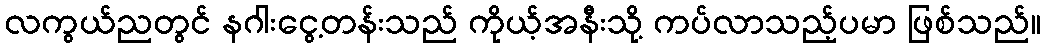
လကွယ်ညတွင် နဂါးငွေ့တန်းသည် ကိုယ့်အနီးသို့ ကပ်လာသည့်ပမာ ဖြစ်သည်။